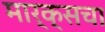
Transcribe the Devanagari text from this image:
मार्क्सचा